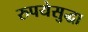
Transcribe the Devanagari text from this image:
रुपयेसुद्धा